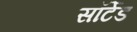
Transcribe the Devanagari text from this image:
सॉर्टेड